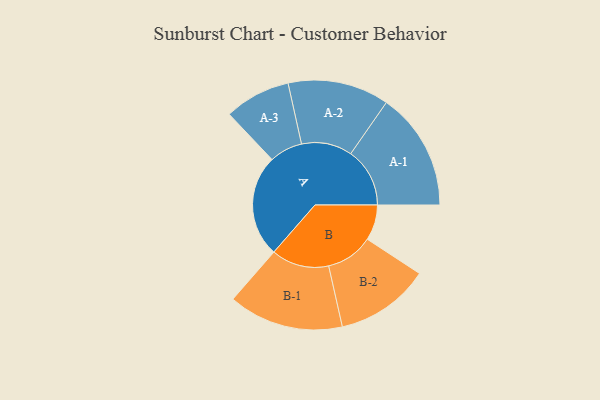
{"axis": {"x": "Segment", "y": "Value"}, "legend": ["", "A", "B"], "data": [{"x": "A", "y": 500, "type": ""}, {"x": "B", "y": 174, "type": ""}, {"x": "A-1", "y": 289, "type": "A"}, {"x": "A-2", "y": 248, "type": "A"}, {"x": "A-3", "y": 162, "type": "A"}, {"x": "B-1", "y": 282, "type": "B"}, {"x": "B-2", "y": 231, "type": "B"}]}